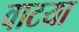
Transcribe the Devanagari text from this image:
वाटया